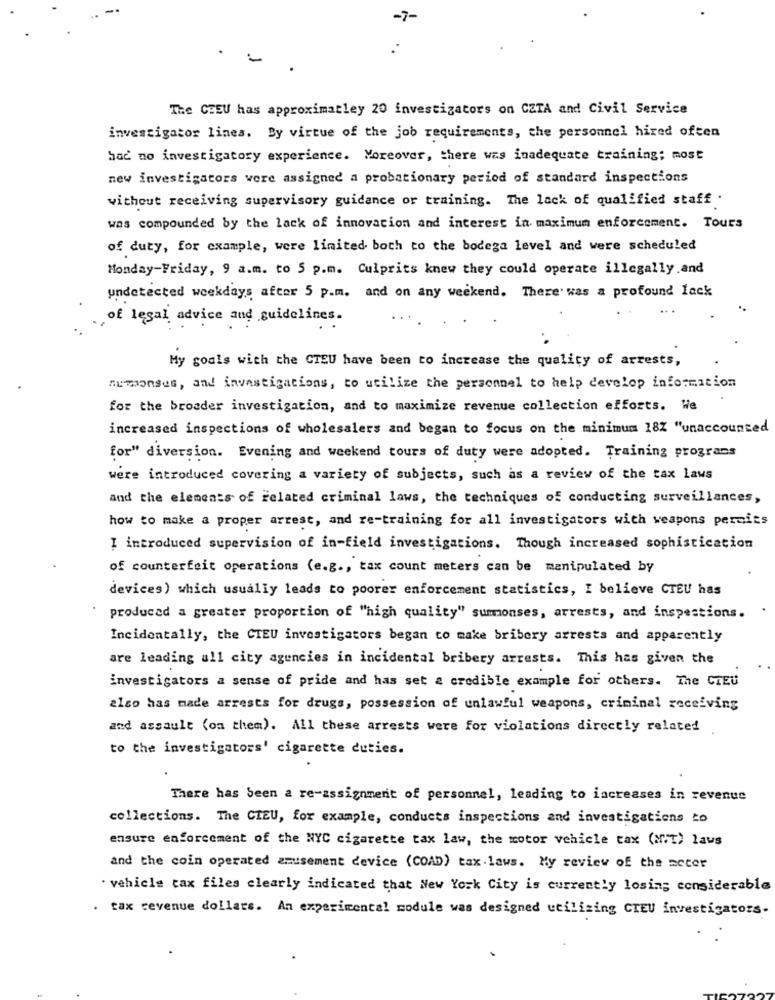
-7-
-
The CHEU has approximatley 20 investigators on CZTA and Civil Service
investigator lines. By virtue of the job requirements, the personnel hired often
bac no investigatory experience. Moreover, there was inadequate training; most
new investigators were assigned a probationary period of standard inspections
without receiving supervisory guidance or training. The lack of qualified staff .
was compounded by the lack of innovation and interest in maximum enforcement. Tours
of duty, for example, were limited both to the bodega level and were scheduled
Monday-Friday, 9 a.m. to 5 p.m. Culprits knew they could operate illegally and
undetected weekdays after 5 p.m. and on any weekend. There was a profound lack
,of legal advice and guidelines.
My goals with the CTEU have been to increase the quality of arrests,
numonses, and investigations, to utilize the personnel to help develop information
for the broader investigation, and to maximize revenue collection efforts. We
increased inspections of wholesalers and began to focus on the minimum 182 "unaccounted
for" diversion. Evening and weekend tours of duty were adopted. Training programs
were introduced covering a variety of subjects, such as a review of the tax laws
and the elements of related criminal laws, the techniques of conducting surveillances,
how to make a proper arrest, and re-training for all investigators with weapons permits
I introduced supervision of in-field investigations. Though increased sophistication
of counterfeit operations (e.g ., tax count meters can be manipulated by
devices) which usually leads to poorer enforcement statistics, I believe CTEU has
produced a greater proportion of "high quality" summonses, arrests, and inspections.
Incidentally, the CIEU investigators began to make bribery arrests and apparently
are leading all city agencies in incidental bribery arrests. This has given the
investigators a sense of pride and has set a credible example for others. The CIEU
also has made arrests for drugs, possession of unlawful weapons, criminal receiving
and assault (on them). All these arrests were for violations directly related
to the investigators' cigarette duties.
There has been a re-assignment of personnel, leading to increases in revenue
collections. The CIEU, for example, conducts inspections and investigations to
ensure enforcement of the NYC cigarette tax law, the motor vehicle tax (Mit) laws
and the coin operated amusement device (COAD) tax laws. My review of the meter
· vehicle tax files clearly indicated that New York City is currently losing considerable
. tax revenue dollars. An experimental module was designed utilizing CIEU investigators-